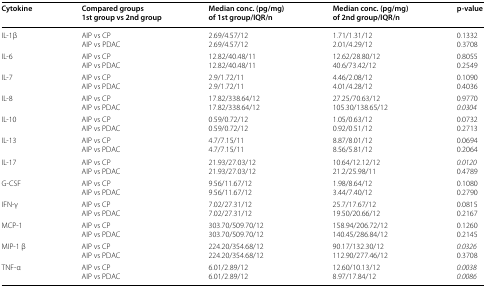
<table><thead><tr><td><b>Cytokine</b></td><td><b>Compared groups1st group vs 2nd group</b></td><td><b>Median conc. (pg/mg)of 1st group/IQR/n</b></td><td><b>Median conc. (pg/mg)of 2nd group/IQR/n</b></td><td><b>p-value</b></td></tr></thead><tbody><tr><td>IL-1β</td><td>AIP vs CPAIP vs PDAC</td><td>2.69/4.57/122.69/4.57/12</td><td>1.71/1.31/122.01/4.29/12</td><td>0.13320.3708</td></tr><tr><td>IL-6</td><td>AIP vs CPAIP vs PDAC</td><td>12.82/40.48/1112.82/40.48/11</td><td>12.62/28.80/1240.6/73.42/12</td><td>0.80550.2549</td></tr><tr><td>IL-7</td><td>AIP vs CPAIP vs PDAC</td><td>2.9/1.72/112.9/1.72/11</td><td>4.46/2.08/124.01/4.28/12</td><td>0.10900.4036</td></tr><tr><td>IL-8</td><td>AIP vs CPAIP vs PDAC</td><td>17.82/338.64/1217.82/338.64/12</td><td>27.25/70.63/12105.30/138.65/12</td><td>0.9770<i>0.0304</i></td></tr><tr><td>IL-10</td><td>AIP vs CPAIP vs PDAC</td><td>0.59/0.72/120.59/0.72/12</td><td>1.05/0.63/120.92/0.51/12</td><td>0.07320.2713</td></tr><tr><td>IL-13</td><td>AIP vs CPAIP vs PDAC</td><td>4.7/7.15/114.7/7.15/11</td><td>8.87/8.01/128.56/5.81/12</td><td>0.06940.2064</td></tr><tr><td>IL-17</td><td>AIP vs CPAIP vs PDAC</td><td>21.93/27.03/1221.93/27.03/12</td><td>10.64/12.12/1221.2/25.98/11</td><td><i>0.0120</i>0.4789</td></tr><tr><td>G-CSF</td><td>AIP vs CPAIP vs PDAC</td><td>9.56/11.67/129.56/11.67/12</td><td>1.98/8.64/123.44/7.40/12</td><td>0.10800.2790</td></tr><tr><td>IFN-γ</td><td>AIP vs CPAIP vs PDAC</td><td>7.02/27.31/127.02/27.31/12</td><td>25.7/17.67/1219.50/20.66/12</td><td>0.08150.2167</td></tr><tr><td>MCP-1</td><td>AIP vs CPAIP vs PDAC</td><td>303.70/509.70/12303.70/509.70/12</td><td>158.94/206.72/12140.45/286.84/12</td><td>0.12600.2145</td></tr><tr><td>MIP-1 β</td><td>AIP vs CPAIP vs PDAC</td><td>224.20/354.68/12224.20/354.68/12</td><td>90.17/132.30/12112.90/277.46/12</td><td><i>0.0326</i>0.3708</td></tr><tr><td>TNF-α</td><td>AIP vs CPAIP vs PDAC</td><td>6.01/2.89/126.01/2.89/12</td><td>12.60/10.13/128.97/17.84/12</td><td><i>0.0038</i><i>0.0086</i></td></tr></tbody></table>